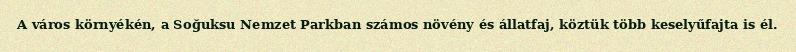
A város környékén, a Soğuksu Nemzet Parkban számos növény és állatfaj, köztük több keselyűfajta is él.